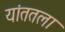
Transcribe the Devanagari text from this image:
यांततला